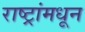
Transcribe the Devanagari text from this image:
राष्ट्रांमधून